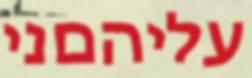
עליהםני